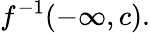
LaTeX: f^{-1}(-\infty,c).